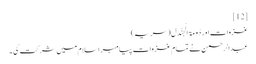
[12]
غزوات اور دُومَۃ الْجَنْدَل( سریہ)‏
عبدالرحمن نے تمام غزوات پیامبر اسلام میں شرکت کی ۔